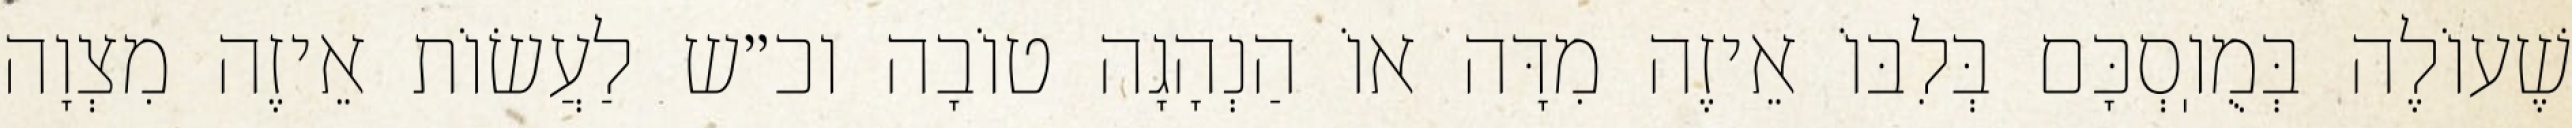
שֶׁעוֹלֶה בְּמֻוֽסְכָּם בְּלִבּוֹ אֵיזֶה מִדָּה אוֹ הַנְהָגָה טוֹבָה וכ״ש לַעֲשׂוֹת אֵיזֶה מִצְוָה